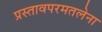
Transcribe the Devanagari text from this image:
प्रस्तावपरमतलेना